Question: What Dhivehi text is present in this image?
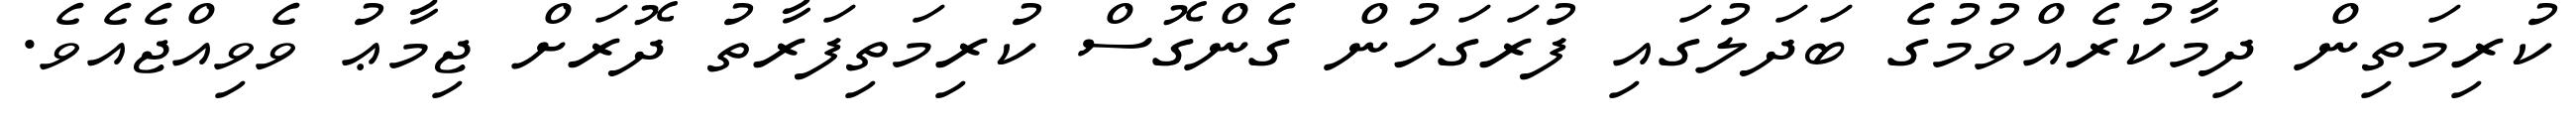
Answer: ކުރިމަތިން ދިމާކުރެއްވުމުގެ ބަދަލުގައި ފުރަގަހުން ގެންގޮސް ކުރިމަތިފަރާތު ދޮރަށް ޖިމާޢު ވެވިއްޖެއެވެ.